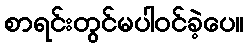
စာရင်းတွင်မပါဝင်ခဲ့ပေ။